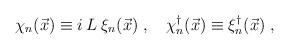
LaTeX: \begin{align*}\chi_n(\vec{x}) \equiv i \, L\; \xi_n(\vec{x}) \; , \quad\chi_n^\dagger(\vec{x}) \equiv \xi_n^\dagger(\vec{x}) \; ,\end{align*}